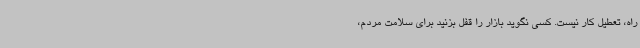
راه، تعطیل کار نیست. کسی نگوید بازار را قفل بزنید برای سلامت مردم،